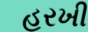
હરખી